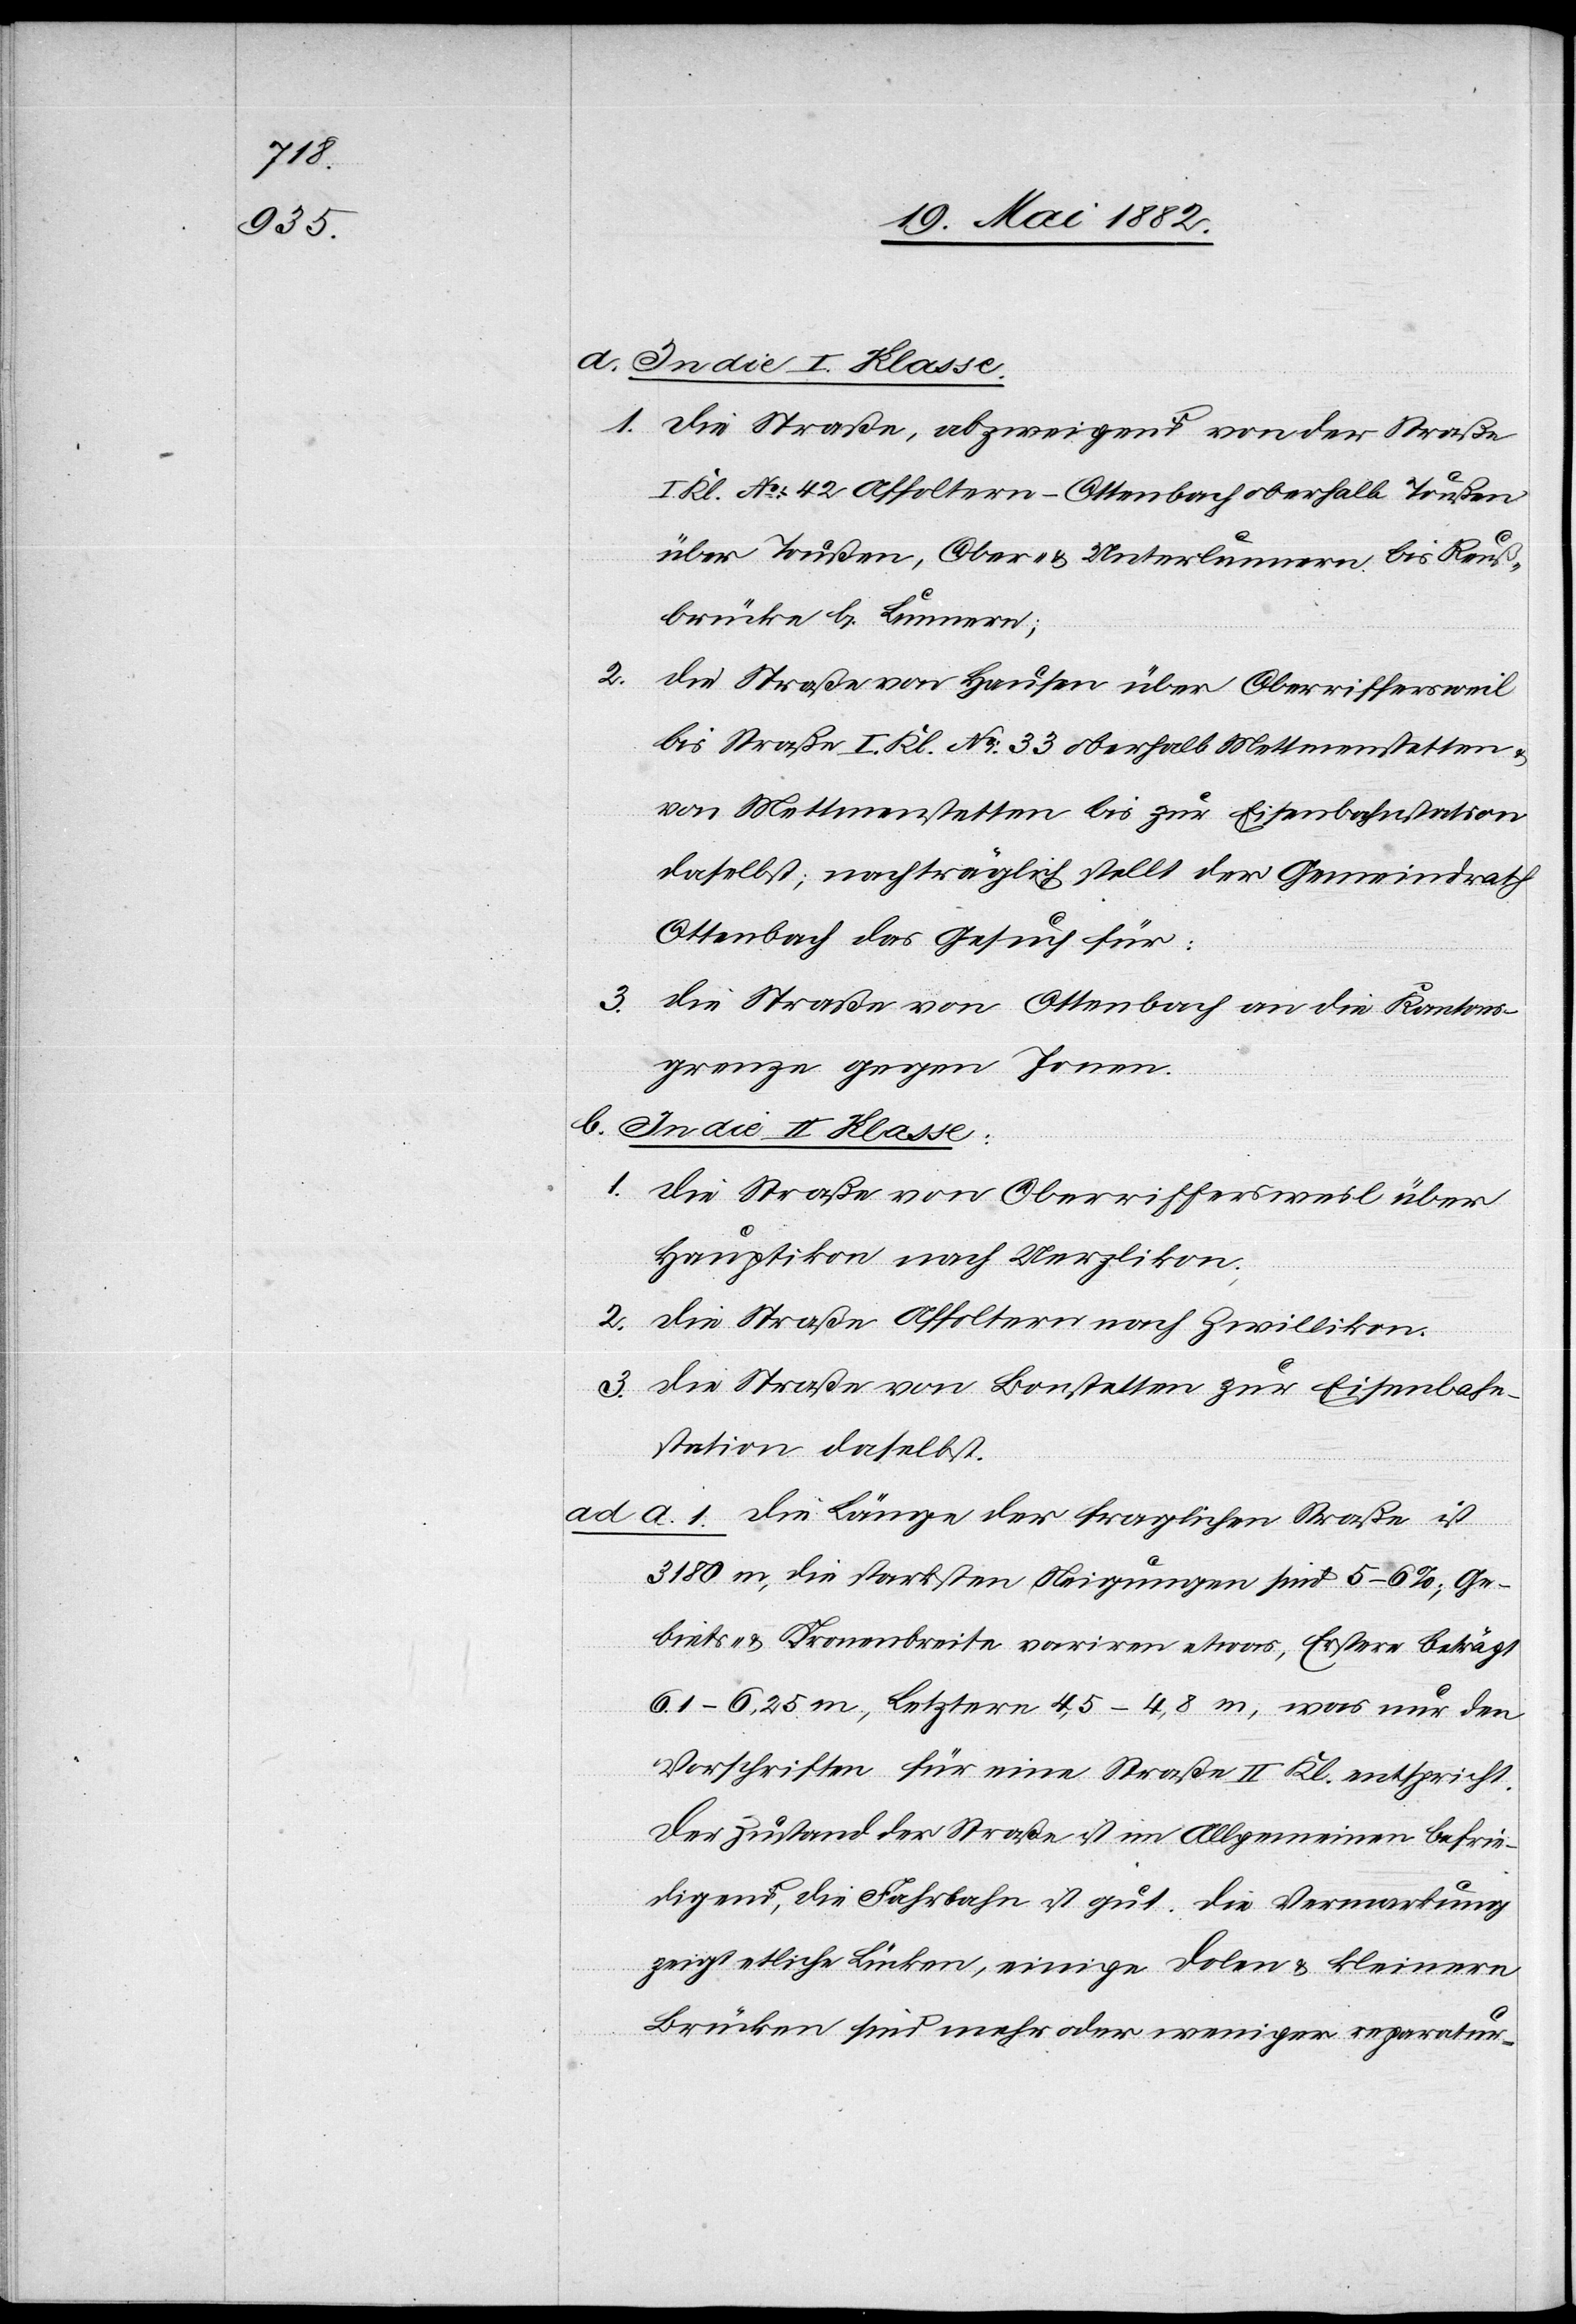
b. In die II. Klasse.
1. Die Straße, abzweigend von der Straße
I. Kl. No 42 Affoltern–Ottenbach oberhalb Toußen
über Toußen, Ober- & Unterlunnern bis Reuß¬
brücke b. Lunnern;
2.
Die Straße von Hausen über Oberriffersweil
bis Straße I. Kl. No 33 oberhalb Mettmenstetten
von Mettmenstetten bis zur Eisenbahnstation
daselbst; nachträglich stellt der Gemeindrath
Ottenbach das Gesuch für:
3.
Die Straße von Ottenbach an die Kantons¬
grenze gegen Jonen.
1. Die Straße von Oberriffersweil über
Hauptikon nach Uerzlikon;
2. Die Straße Affoltern nach Zwillikon;
3. Die Straße von Bonstetten zur Eisenbahn¬
station daselbst.
ad a. 1. Die Länge der fraglichen Straße ist
3180 m, die stärksten Neigungen sind 5–6%; Ge¬
biets- & Kronenbreite variren etwas, Erstere beträgt
6,1–6,25 m, Letztere 4,6–4,8 m, was nur den
Vorschriften für eine Straße II. Kl. entspricht.
Der Zustand der Straße ist im Allgemeinen befrie¬
digend, die Fahrbahn ist gut. Die Vermarkung
zeigt etliche Lücken, einige Dolen & kleinere
Brücke sind mehr oder weniger reparatur-